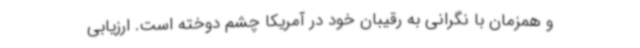
و همزمان با نگرانی به رقیبان خود در آمریکا چشم دوخته است. ارزیابی